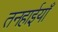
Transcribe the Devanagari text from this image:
तनहाईयाँ